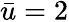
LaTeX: \bar{u}=2